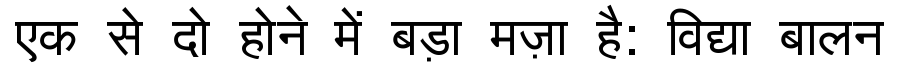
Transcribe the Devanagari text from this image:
एक से दो होने में बड़ा मज़ा है: विद्या बालन